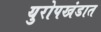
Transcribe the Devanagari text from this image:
युरोपखंडात